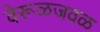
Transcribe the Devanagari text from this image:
वेरूळजवळ